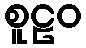
စူဠဝ